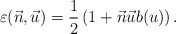
\begin{align*}\varepsilon(\vec{n}, \vec{u}) = \frac{1}{2} \left(1 + \vec{n} \vec{u} b(u)\right).\end{align*}